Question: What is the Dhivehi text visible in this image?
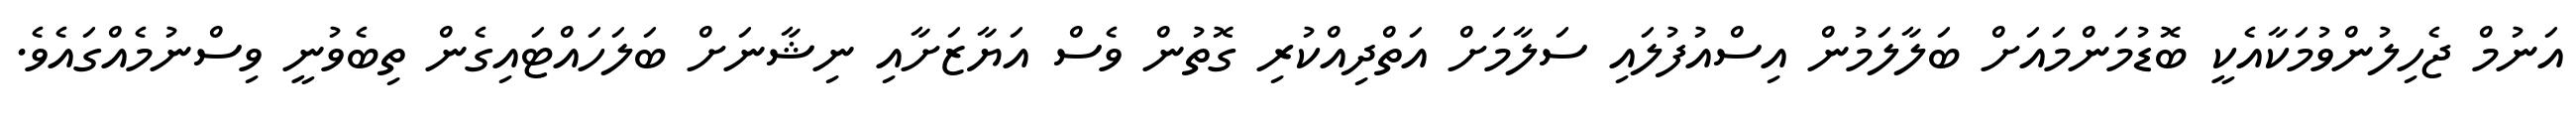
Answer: އަނުމް ޖެހިލުންވުމަކާއެކީ ބޮޑުމަންމައަށް ބަލާލަމުން އިސްއުފުލައި ސަލާމަށް އަތްދިއްކުރި ގޮތުން ވެސް އަޔާޒަށާއި ނިޝާނަށް ބަލަހައްޓައިގެން ތިބެވުނީ ވިސްނުމެއްގައެވެ.